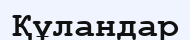
Құландар